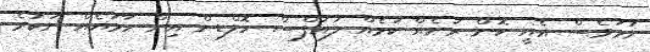
ނަމަވެސް އެއީ ކޮން ރަށެއް ކަމެއް ލައުފްސް ހޮލްޑިން އިން ހާމައެއް ނުކުރެ